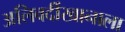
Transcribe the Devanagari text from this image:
अलिवर्दीखानाला